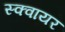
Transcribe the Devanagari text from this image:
स्‍क्‍वायर